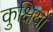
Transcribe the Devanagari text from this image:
कुक्षियों